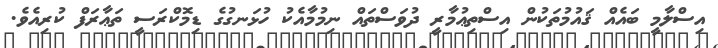
އިސްލާމީ ބައެއް ޤައުމުތަކުން އިސްތިޢުމާރީ ދުވަސްތައް ނިމުމާއެކު ހުޅަނގުގެ ޑިމޮކްރަސީ ތަޢާރަފް ކުރިއެވެ.